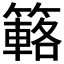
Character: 簵